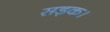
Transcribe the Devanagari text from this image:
सड़क।